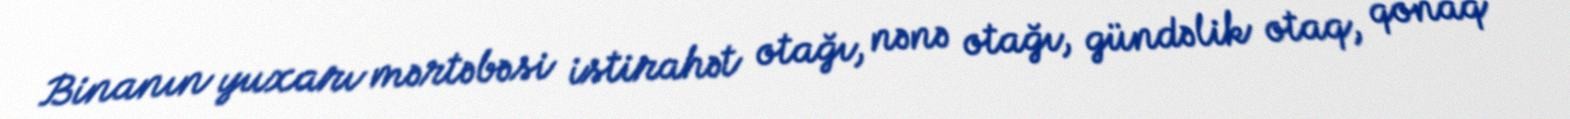
Binanın yuxarı mərtəbəsi istirahət otağı, nənə otağı, gündəlik otaq, qonaq